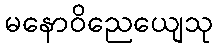
မနောဝိညေယျေသု